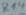
Text: R14